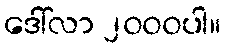
ဒေါ်လာ ၂၀၀၀ပါ။